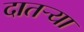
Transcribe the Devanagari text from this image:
दातर्‍या